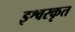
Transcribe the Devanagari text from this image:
इश्वरकृत